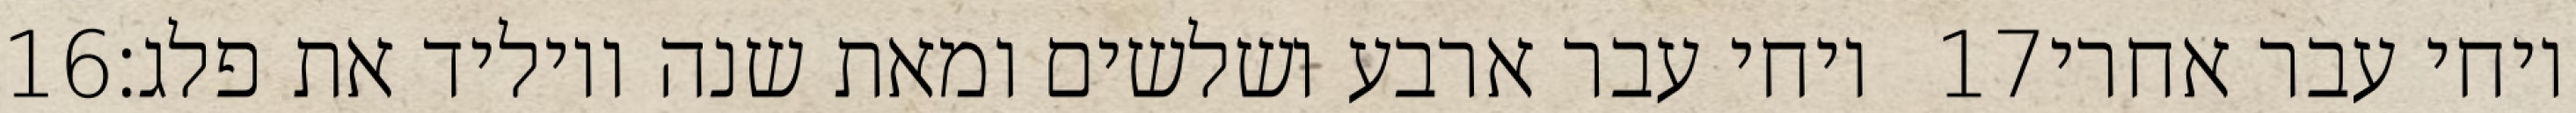
‎16‏ ויחי עבר ארבע ושלשים ומאת שנה ויוליד את פלג׃ ‎17‏ ויחי עבר אחרי